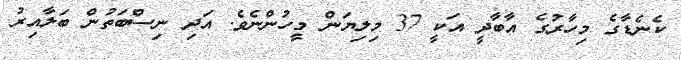
ކެނެޑާގެ މިހާރުގެ އާބާދީ އަކީ 37 މިލިޔަން މީހުންނެވެ. އަދި ނިސްބަތުން ބަލާއިރު